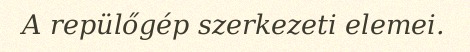
A repülőgép szerkezeti elemei.